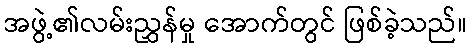
အဖွဲ့၏လမ်းညွှန်မှု အောက်တွင် ဖြစ်ခဲ့သည်။